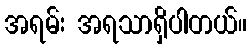
အရမ်း အရသာရှိပါတယ်။